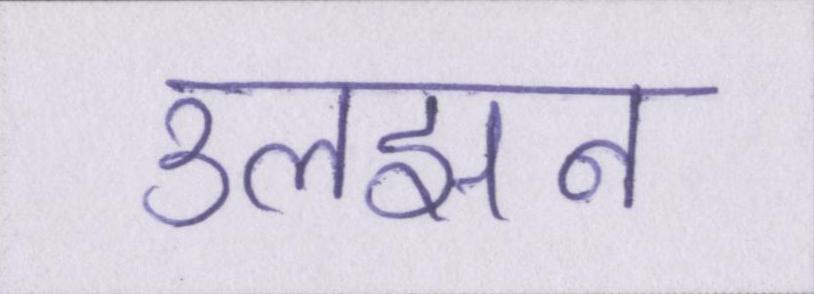
उलझन